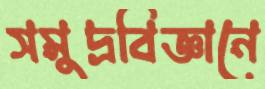
সমুদ্রবিজ্ঞানে